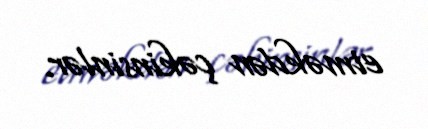
etməkdən çəkinsinlər.